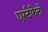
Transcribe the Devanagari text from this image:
एस्टेफेनो